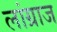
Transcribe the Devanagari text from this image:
लांग्राज